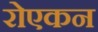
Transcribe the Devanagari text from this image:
रोएकन